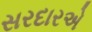
સરદારએ